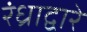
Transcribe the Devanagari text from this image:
रंध्राद्वारे